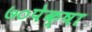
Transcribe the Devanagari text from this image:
७०पेक्षा